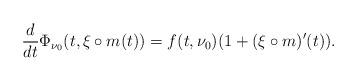
LaTeX: \begin{align*}\frac{d}{dt}\Phi_{\nu_0}(t,\xi\circ m(t) )=f(t,\nu_0)(1+(\xi\circ m)'(t)).\end{align*}